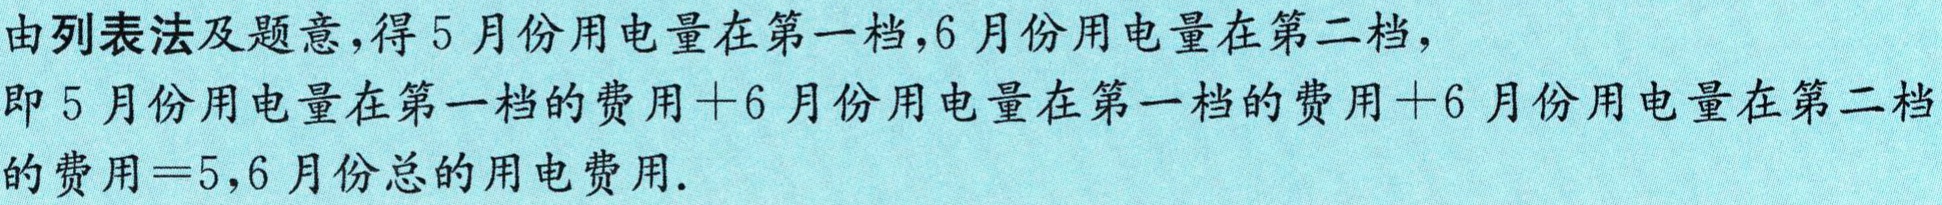
由列表法及题意,得5月份用电量在第一档,6月份用电量在第二档,

即5月份用电量在第一档的费用+6月份用电量在第一档的费用+6月份用电量在第二档

的费用=5,6月份总的用电费用.